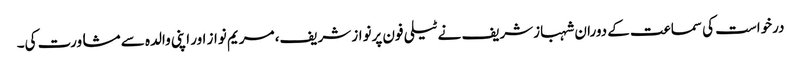
درخواست کی سماعت کے دوران شہبازشریف نے ٹیلی فون پرنواز شریف، مریم نواز اور اپنی والدہ سے مشاورت کی۔